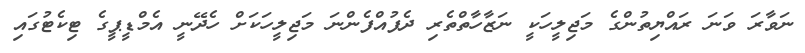
ނަވާރަ ވަނަ ރައްޔިތުންގެ މަޖިލީހަކީ ނަޒާހާތްތެރި ދެފުއްފެންނަ މަޖިލީހަކަށް ހެދޭނީ އެމްޑީޕީގެ ޓިކެޓުގައި